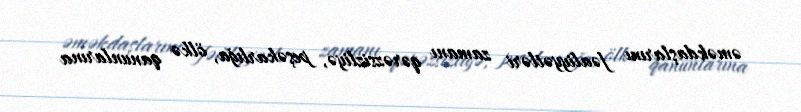
əməkdaşlarını fəaliyyətləri zamanı qərəzsizliyə, peşəkarlığa, ölkə qanunlarına